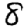
Digit: 8